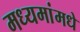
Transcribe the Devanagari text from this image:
मध्यमांमधे